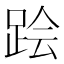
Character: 𲃟